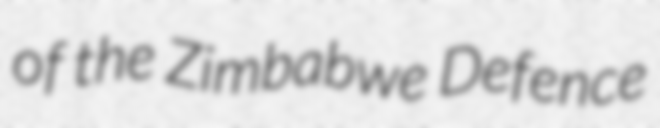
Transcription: of the Zimbabwe Defence